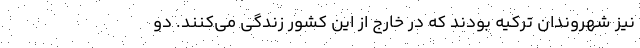
نیز شهروندان ترکیه بودند که در خارج از این کشور زندگی می‌کنند. دو